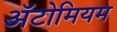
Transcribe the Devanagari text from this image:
अॅटोमियम